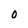
Character: O